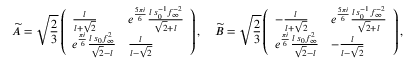
\widetilde { A } = \sqrt { \frac 2 3 } \left( \begin{array} { l l } { \frac { l } { l + \sqrt 2 } } & { e ^ { \frac { 5 \pi i } 6 } \frac { l \, s _ { 0 } ^ { - 1 } f _ { \infty } ^ { - 2 } } { \sqrt 2 + l } } \\ { e ^ { \frac { \pi i } 6 } \frac { l \, s _ { 0 } f _ { \infty } ^ { 2 } } { \sqrt 2 - l } } & { \frac { l } { l - \sqrt { 2 } } } \end{array} \right) , \quad \widetilde { B } = \sqrt { \frac 2 3 } \left( \begin{array} { l l } { - \frac { l } { l + \sqrt 2 } } & { e ^ { \frac { 5 \pi i } 6 } \frac { l \, s _ { 0 } ^ { - 1 } f _ { \infty } ^ { - 2 } } { \sqrt 2 + l } } \\ { e ^ { \frac { \pi i } 6 } \frac { l \, s _ { 0 } f _ { \infty } ^ { 2 } } { \sqrt 2 - l } } & { - \frac { l } { l - \sqrt { 2 } } } \end{array} \right) ,